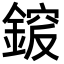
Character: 𨩵